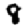
Digit: 8